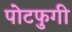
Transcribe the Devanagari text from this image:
पोटफुगी